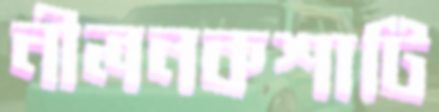
নীলনকশাটি